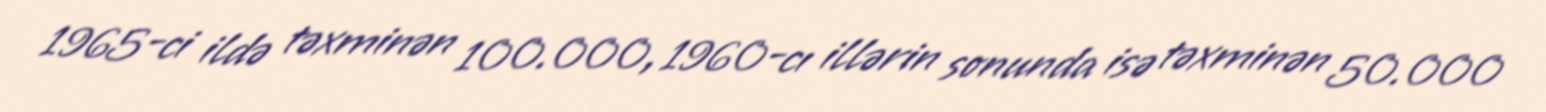
1965-ci ildə təxminən 100.000, 1960-cı illərin sonunda isə təxminən 50.000